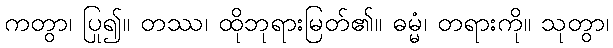
ကတွာ၊ ပြု၍။ တဿ၊ ထိုဘုရားမြတ်၏။ ဓမ္မံ၊ တရားကို။ သုတွာ၊